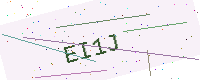
Text: EI1J